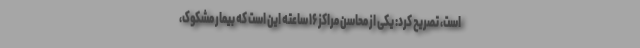
است، تصریح کرد: یکی از محاسن مراکز ۱۶ ساعته این است که بیمار مشکوک،